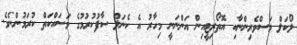
ލޯކަލް މަސްވެރިންނާއި އޮތޯރިޓީއިން އަންނަނީ މިިހާރު އެ ކެނަލް ސާފުކުރުމުގެ މަސައްކަތް ކުރަމުންނެވެ.